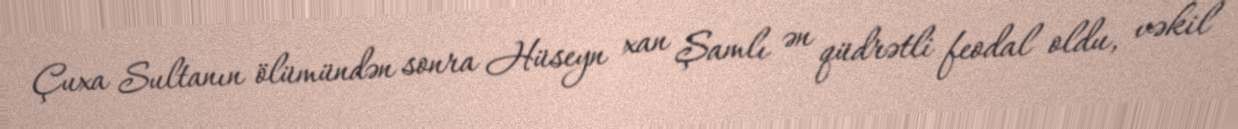
Çuxa Sultanın ölümündən sonra Hüseyn xan Şamlı ən qüdrətli feodal oldu, vəkil